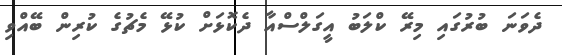
ދެވަނަ ބުރުގައި މިރޭ ކްލަބު އީގަލްސްއާ ދެކޮޅަށް ކުޅޭ މެޗުގެ ކުރިން ބޭއްވި